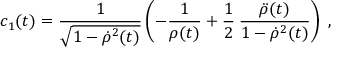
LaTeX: c _ { 1 } ( t ) = \frac { 1 } { \sqrt { 1 - { \dot { \rho } } ^ { 2 } ( t ) } } \left( - \frac { 1 } { \rho ( t ) } + \frac { 1 } { 2 } \: \frac { { \ddot { \rho } } ( t ) } { 1 - { \dot { \rho } } ^ { 2 } ( t ) } \right) \; ,